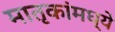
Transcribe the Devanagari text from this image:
मातृकांमध्ये